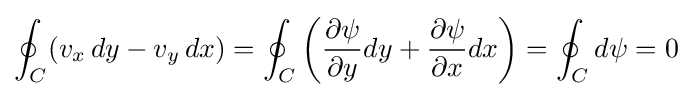
\oint _{C}(v_{x}\,dy-v_{y}\,dx)=\oint _{C}\left({\frac {\partial \psi }{\partial y}}dy+{\frac {\partial \psi }{\partial x}}dx\right)=\oint _{C}d\psi =0